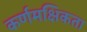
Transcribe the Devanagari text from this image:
कर्णमक्षिकता